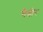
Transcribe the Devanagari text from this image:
चैत्रीर